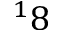
^ 1 8